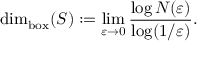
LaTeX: \dim _ { \mathrm { { b o x } } } ( S ) : = \operatorname* { l i m } _ { \varepsilon \to 0 } { \frac { \log N ( \varepsilon ) } { \log ( 1 / \varepsilon ) } } .